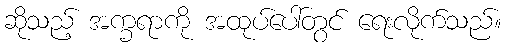
ဆိုသည့် အက္ခရာကို အထုပ်ပေါ်တွင် ရေးလိုက်သည်။